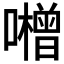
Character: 𱕝